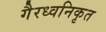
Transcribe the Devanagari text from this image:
गैरध्वनिकृत